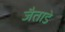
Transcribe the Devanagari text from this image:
जैताडे